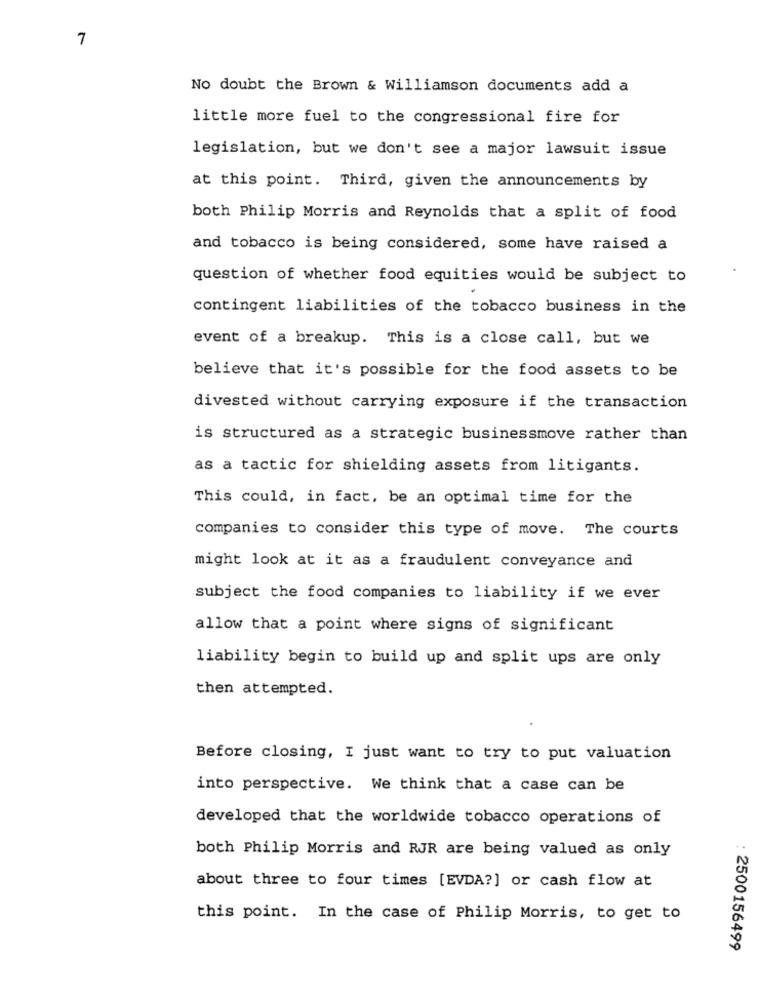
7
No doubt the Brown & Williamson documents add a
little more fuel to the congressional fire for
legislation, but we don't see a major lawsuit issue
at this point. Third, given the announcements by
both Philip Morris and Reynolds that a split of food
and tobacco is being considered, some have raised a
question of whether food equities would be subject to
contingent liabilities of the tobacco business in the
event of a breakup. This is a close call, but we
believe that it's possible for the food assets to be
divested without carrying exposure if the transaction
is structured as a strategic businessmove rather than
as a tactic for shielding assets from litigants.
This could, in fact, be an optimal time for the
companies to consider this type of move. The courts
might look at it as a fraudulent conveyance and
subject the food companies to liability if we ever
allow that a point where signs of significant
liability begin to build up and split ups are only
then attempted.
Before closing, I just want to try to put valuation
into perspective. We think that a case can be
developed that the worldwide tobacco operations of
both Philip Morris and RJR are being valued as only
about three to four times [EVDA?] or cash flow at
this point. In the case of Philip Morris, to get to
: 2500156499